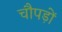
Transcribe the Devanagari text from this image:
चौपड़ों